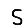
Digit: 5